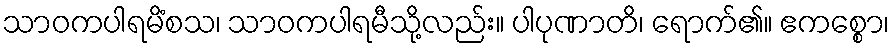
သာဝကပါရမိံစသ၊ သာဝကပါရမီသို့လည်း။ ပါပုဏာတိ၊ ရောက်၏။ ဧကစ္စော၊